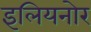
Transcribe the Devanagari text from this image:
इलियनोर